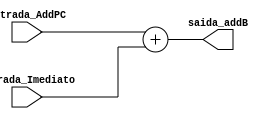
module Add_B (entrada_AddPC, entrada_Imediato, saida_addB);

	input [31:0] entrada_AddPC, entrada_Imediato;
	output wire [31:0] saida_addB;
	assign saida_addB = entrada_AddPC + entrada_Imediato;
	
endmodule